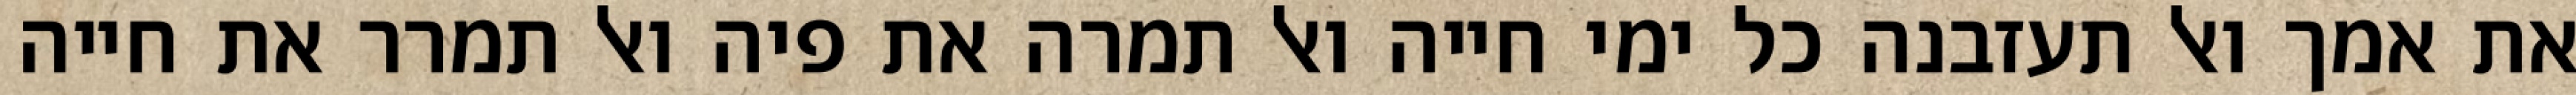
את אמך ואל תעזבנה כל ימי חייה ואל תמרה את פיה ואל תמרר את חייה